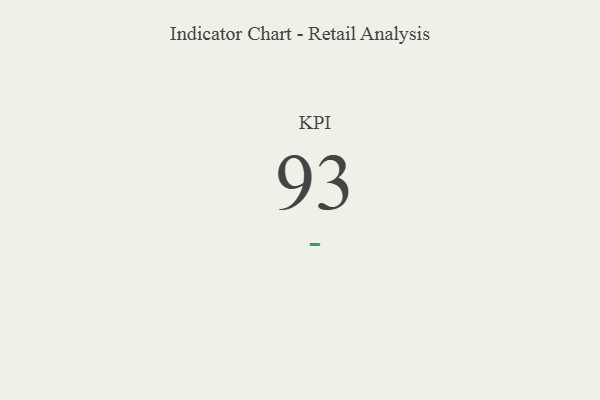
{"axis": {"x": "KPI", "y": "Value"}, "legend": [""], "data": [{"x": "KPI", "y": 93, "type": ""}]}